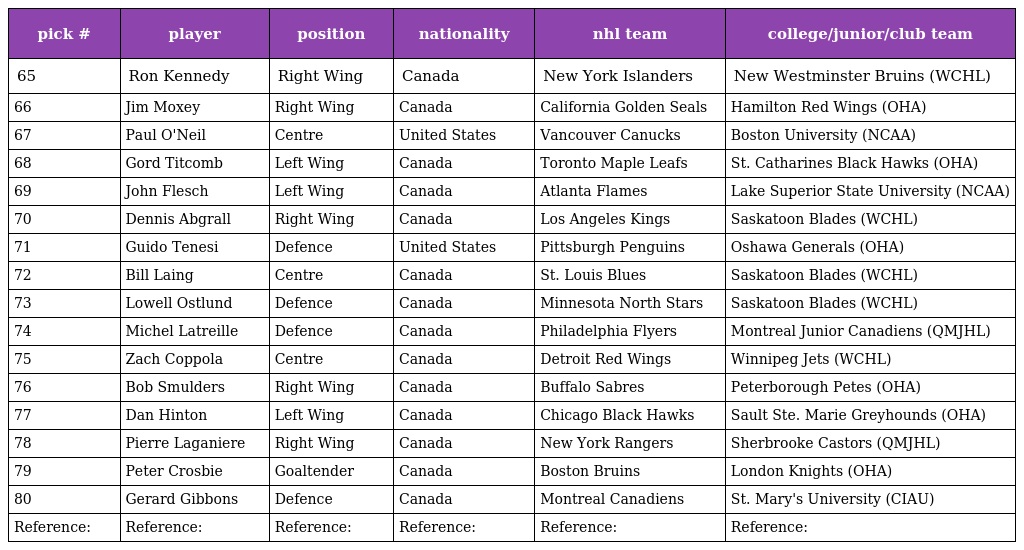
| pick # | player | position | nationality | nhl team | college/junior/club team |
 | --- | --- | --- | --- | --- | --- |
 | 65 | Ron Kennedy | Right Wing | Canada | New York Islanders | New Westminster Bruins (WCHL) |
 | 66 | Jim Moxey | Right Wing | Canada | California Golden Seals | Hamilton Red Wings (OHA) |
 | 67 | Paul O'Neil | Centre | United States | Vancouver Canucks | Boston University (NCAA) |
 | 68 | Gord Titcomb | Left Wing | Canada | Toronto Maple Leafs | St. Catharines Black Hawks (OHA) |
 | 69 | John Flesch | Left Wing | Canada | Atlanta Flames | Lake Superior State University (NCAA) |
 | 70 | Dennis Abgrall | Right Wing | Canada | Los Angeles Kings | Saskatoon Blades (WCHL) |
 | 71 | Guido Tenesi | Defence | United States | Pittsburgh Penguins | Oshawa Generals (OHA) |
 | 72 | Bill Laing | Centre | Canada | St. Louis Blues | Saskatoon Blades (WCHL) |
 | 73 | Lowell Ostlund | Defence | Canada | Minnesota North Stars | Saskatoon Blades (WCHL) |
 | 74 | Michel Latreille | Defence | Canada | Philadelphia Flyers | Montreal Junior Canadiens (QMJHL) |
 | 75 | Zach Coppola | Centre | Canada | Detroit Red Wings | Winnipeg Jets (WCHL) |
 | 76 | Bob Smulders | Right Wing | Canada | Buffalo Sabres | Peterborough Petes (OHA) |
 | 77 | Dan Hinton | Left Wing | Canada | Chicago Black Hawks | Sault Ste. Marie Greyhounds (OHA) |
 | 78 | Pierre Laganiere | Right Wing | Canada | New York Rangers | Sherbrooke Castors (QMJHL) |
 | 79 | Peter Crosbie | Goaltender | Canada | Boston Bruins | London Knights (OHA) |
 | 80 | Gerard Gibbons | Defence | Canada | Montreal Canadiens | St. Mary's University (CIAU) |
 | Reference: | Reference: | Reference: | Reference: | Reference: | Reference: |